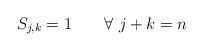
LaTeX: \begin{align*}S_{j,k}=1\quad\quad\forall\ j+k= n\end{align*}